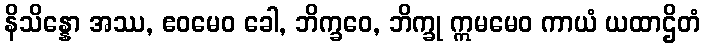
နိသိန္နော အဿ, ဧဝမေဝ ခေါ, ဘိက္ခဝေ, ဘိက္ခု ဣမမေဝ ကာယံ ယထာဌိတံ